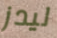
ليدز